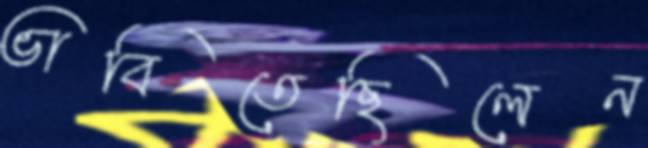
ভাবিতেছিলেন